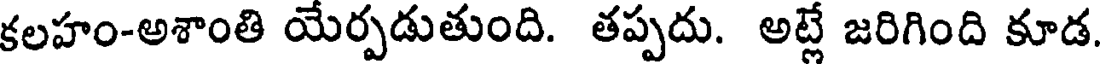
కలహం-అశాంతి యేర్పడుతుంది. తప్పదు. అట్లే జరిగింది కూడ